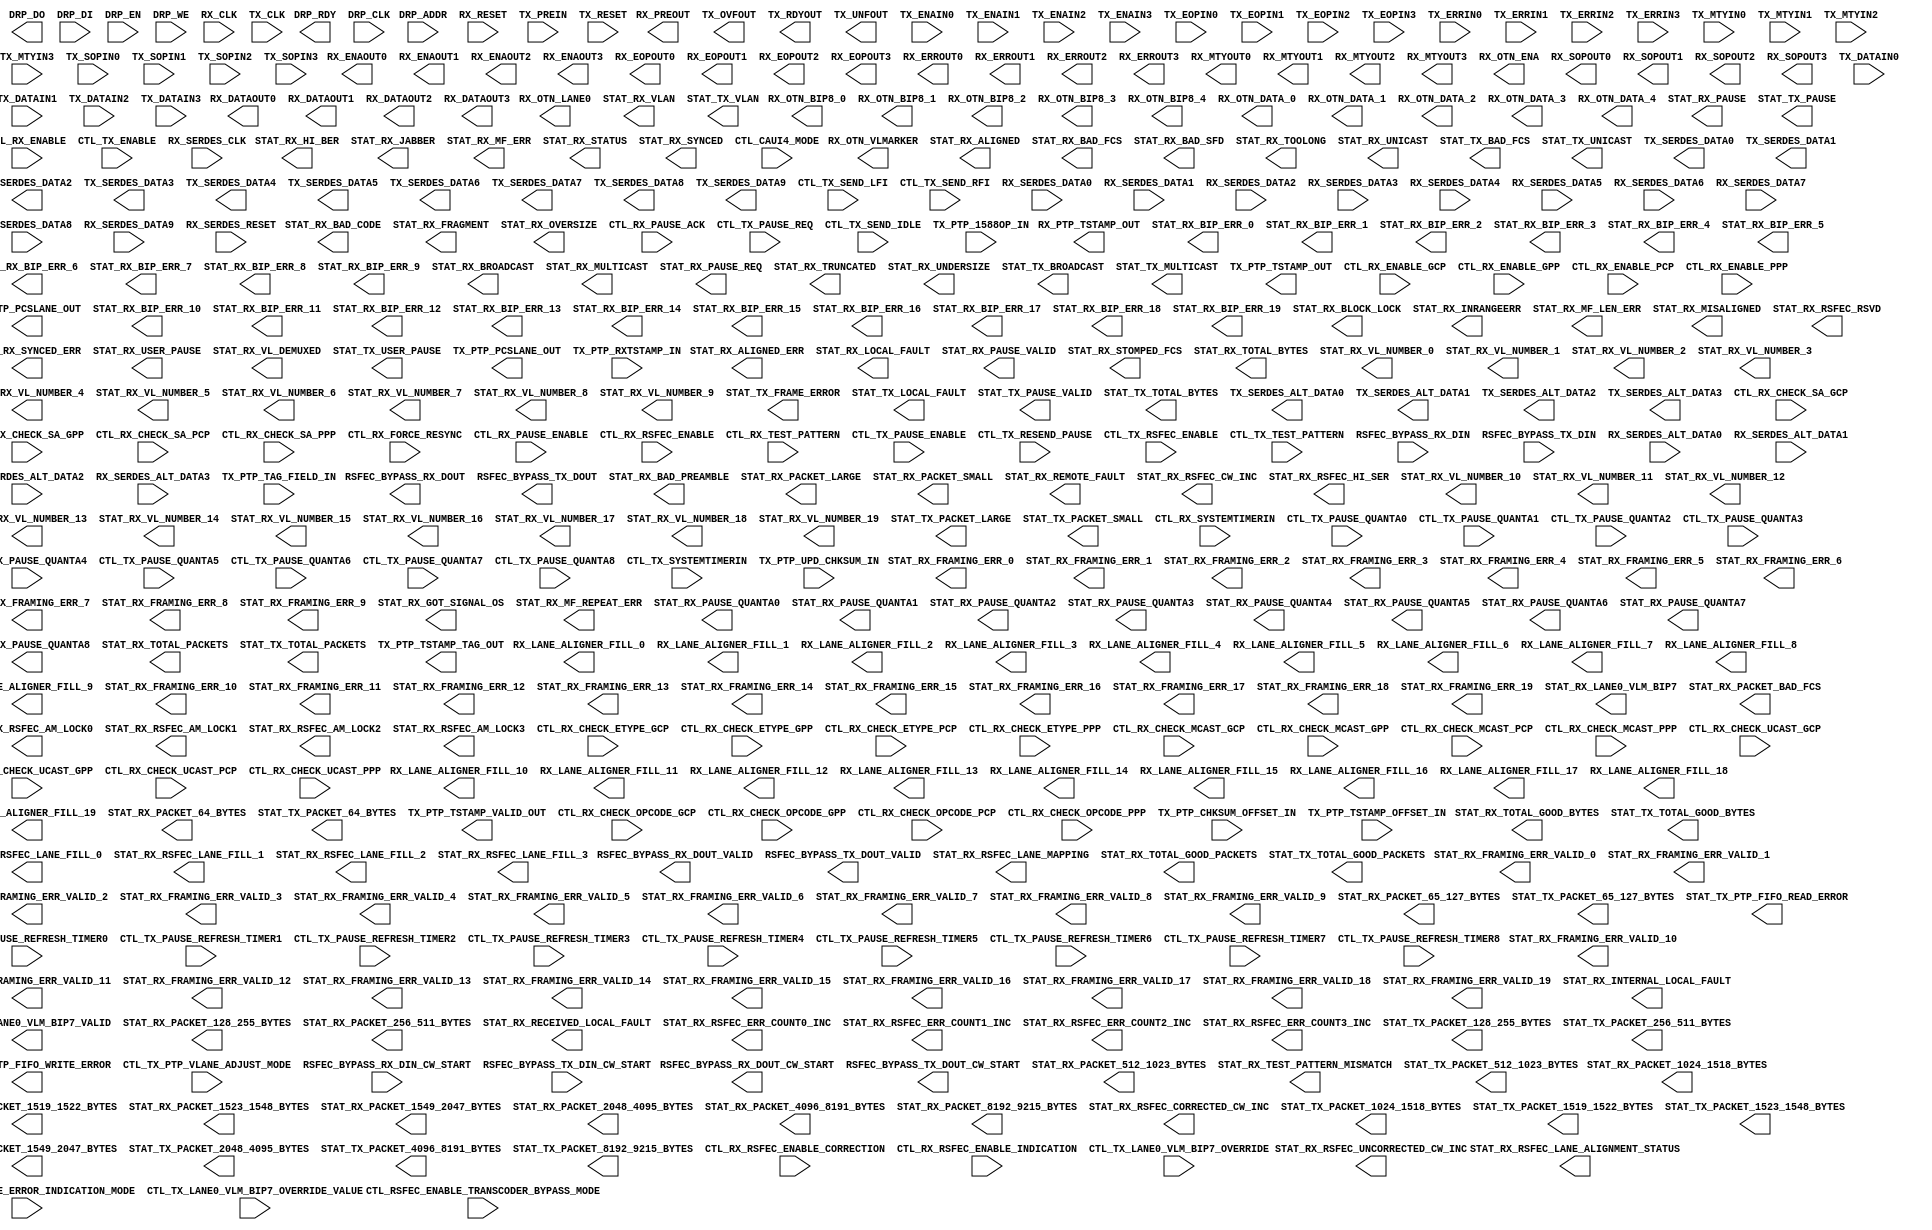
///////////////////////////////////////////////////////////////////////////////
//  Copyright (c) 1995/2016 Xilinx, Inc.
//  All Right Reserved.
///////////////////////////////////////////////////////////////////////////////
//   ____  ____
//  /   /\/   /
// /___/  \  /     Vendor      : Xilinx
// \   \   \/      Version     : 2016.1
//  \   \          Description : Xilinx Formal Library Component
//  /   /                        CMACE4
// /___/   /\      Filename    : CMACE4.v
// \   \  /  \
//  \___\/\___\
//
///////////////////////////////////////////////////////////////////////////////
//  Revision:
//
//  End Revision:
///////////////////////////////////////////////////////////////////////////////

`timescale 1 ps / 1 ps

`celldefine

module CMACE4 #(
`ifdef XIL_TIMING
  parameter LOC = "UNPLACED",
`endif
  parameter CTL_PTP_TRANSPCLK_MODE = "FALSE",
  parameter CTL_RX_CHECK_ACK = "TRUE",
  parameter CTL_RX_CHECK_PREAMBLE = "FALSE",
  parameter CTL_RX_CHECK_SFD = "FALSE",
  parameter CTL_RX_DELETE_FCS = "TRUE",
  parameter [15:0] CTL_RX_ETYPE_GCP = 16'h8808,
  parameter [15:0] CTL_RX_ETYPE_GPP = 16'h8808,
  parameter [15:0] CTL_RX_ETYPE_PCP = 16'h8808,
  parameter [15:0] CTL_RX_ETYPE_PPP = 16'h8808,
  parameter CTL_RX_FORWARD_CONTROL = "FALSE",
  parameter CTL_RX_IGNORE_FCS = "FALSE",
  parameter [14:0] CTL_RX_MAX_PACKET_LEN = 15'h2580,
  parameter [7:0] CTL_RX_MIN_PACKET_LEN = 8'h40,
  parameter [15:0] CTL_RX_OPCODE_GPP = 16'h0001,
  parameter [15:0] CTL_RX_OPCODE_MAX_GCP = 16'hFFFF,
  parameter [15:0] CTL_RX_OPCODE_MAX_PCP = 16'hFFFF,
  parameter [15:0] CTL_RX_OPCODE_MIN_GCP = 16'h0000,
  parameter [15:0] CTL_RX_OPCODE_MIN_PCP = 16'h0000,
  parameter [15:0] CTL_RX_OPCODE_PPP = 16'h0001,
  parameter [47:0] CTL_RX_PAUSE_DA_MCAST = 48'h0180C2000001,
  parameter [47:0] CTL_RX_PAUSE_DA_UCAST = 48'h000000000000,
  parameter [47:0] CTL_RX_PAUSE_SA = 48'h000000000000,
  parameter CTL_RX_PROCESS_LFI = "FALSE",
  parameter [8:0] CTL_RX_RSFEC_AM_THRESHOLD = 9'h046,
  parameter [1:0] CTL_RX_RSFEC_FILL_ADJUST = 2'h0,
  parameter [15:0] CTL_RX_VL_LENGTH_MINUS1 = 16'h3FFF,
  parameter [63:0] CTL_RX_VL_MARKER_ID0 = 64'hC16821003E97DE00,
  parameter [63:0] CTL_RX_VL_MARKER_ID1 = 64'h9D718E00628E7100,
  parameter [63:0] CTL_RX_VL_MARKER_ID10 = 64'hFD6C990002936600,
  parameter [63:0] CTL_RX_VL_MARKER_ID11 = 64'hB9915500466EAA00,
  parameter [63:0] CTL_RX_VL_MARKER_ID12 = 64'h5CB9B200A3464D00,
  parameter [63:0] CTL_RX_VL_MARKER_ID13 = 64'h1AF8BD00E5074200,
  parameter [63:0] CTL_RX_VL_MARKER_ID14 = 64'h83C7CA007C383500,
  parameter [63:0] CTL_RX_VL_MARKER_ID15 = 64'h3536CD00CAC93200,
  parameter [63:0] CTL_RX_VL_MARKER_ID16 = 64'hC4314C003BCEB300,
  parameter [63:0] CTL_RX_VL_MARKER_ID17 = 64'hADD6B70052294800,
  parameter [63:0] CTL_RX_VL_MARKER_ID18 = 64'h5F662A00A099D500,
  parameter [63:0] CTL_RX_VL_MARKER_ID19 = 64'hC0F0E5003F0F1A00,
  parameter [63:0] CTL_RX_VL_MARKER_ID2 = 64'h594BE800A6B41700,
  parameter [63:0] CTL_RX_VL_MARKER_ID3 = 64'h4D957B00B26A8400,
  parameter [63:0] CTL_RX_VL_MARKER_ID4 = 64'hF50709000AF8F600,
  parameter [63:0] CTL_RX_VL_MARKER_ID5 = 64'hDD14C20022EB3D00,
  parameter [63:0] CTL_RX_VL_MARKER_ID6 = 64'h9A4A260065B5D900,
  parameter [63:0] CTL_RX_VL_MARKER_ID7 = 64'h7B45660084BA9900,
  parameter [63:0] CTL_RX_VL_MARKER_ID8 = 64'hA02476005FDB8900,
  parameter [63:0] CTL_RX_VL_MARKER_ID9 = 64'h68C9FB0097360400,
  parameter CTL_TEST_MODE_PIN_CHAR = "FALSE",
  parameter CTL_TX_CUSTOM_PREAMBLE_ENABLE = "FALSE",
  parameter [47:0] CTL_TX_DA_GPP = 48'h0180C2000001,
  parameter [47:0] CTL_TX_DA_PPP = 48'h0180C2000001,
  parameter [15:0] CTL_TX_ETHERTYPE_GPP = 16'h8808,
  parameter [15:0] CTL_TX_ETHERTYPE_PPP = 16'h8808,
  parameter CTL_TX_FCS_INS_ENABLE = "TRUE",
  parameter CTL_TX_IGNORE_FCS = "FALSE",
  parameter [3:0] CTL_TX_IPG_VALUE = 4'hC,
  parameter [15:0] CTL_TX_OPCODE_GPP = 16'h0001,
  parameter [15:0] CTL_TX_OPCODE_PPP = 16'h0001,
  parameter CTL_TX_PTP_1STEP_ENABLE = "FALSE",
  parameter [10:0] CTL_TX_PTP_LATENCY_ADJUST = 11'h2C1,
  parameter [47:0] CTL_TX_SA_GPP = 48'h000000000000,
  parameter [47:0] CTL_TX_SA_PPP = 48'h000000000000,
  parameter [15:0] CTL_TX_VL_LENGTH_MINUS1 = 16'h3FFF,
  parameter [63:0] CTL_TX_VL_MARKER_ID0 = 64'hC16821003E97DE00,
  parameter [63:0] CTL_TX_VL_MARKER_ID1 = 64'h9D718E00628E7100,
  parameter [63:0] CTL_TX_VL_MARKER_ID10 = 64'hFD6C990002936600,
  parameter [63:0] CTL_TX_VL_MARKER_ID11 = 64'hB9915500466EAA00,
  parameter [63:0] CTL_TX_VL_MARKER_ID12 = 64'h5CB9B200A3464D00,
  parameter [63:0] CTL_TX_VL_MARKER_ID13 = 64'h1AF8BD00E5074200,
  parameter [63:0] CTL_TX_VL_MARKER_ID14 = 64'h83C7CA007C383500,
  parameter [63:0] CTL_TX_VL_MARKER_ID15 = 64'h3536CD00CAC93200,
  parameter [63:0] CTL_TX_VL_MARKER_ID16 = 64'hC4314C003BCEB300,
  parameter [63:0] CTL_TX_VL_MARKER_ID17 = 64'hADD6B70052294800,
  parameter [63:0] CTL_TX_VL_MARKER_ID18 = 64'h5F662A00A099D500,
  parameter [63:0] CTL_TX_VL_MARKER_ID19 = 64'hC0F0E5003F0F1A00,
  parameter [63:0] CTL_TX_VL_MARKER_ID2 = 64'h594BE800A6B41700,
  parameter [63:0] CTL_TX_VL_MARKER_ID3 = 64'h4D957B00B26A8400,
  parameter [63:0] CTL_TX_VL_MARKER_ID4 = 64'hF50709000AF8F600,
  parameter [63:0] CTL_TX_VL_MARKER_ID5 = 64'hDD14C20022EB3D00,
  parameter [63:0] CTL_TX_VL_MARKER_ID6 = 64'h9A4A260065B5D900,
  parameter [63:0] CTL_TX_VL_MARKER_ID7 = 64'h7B45660084BA9900,
  parameter [63:0] CTL_TX_VL_MARKER_ID8 = 64'hA02476005FDB8900,
  parameter [63:0] CTL_TX_VL_MARKER_ID9 = 64'h68C9FB0097360400,
  parameter SIM_DEVICE = "ULTRASCALE_PLUS",
  parameter TEST_MODE_PIN_CHAR = "FALSE"
)(
  output [15:0] DRP_DO,
  output DRP_RDY,
  output [329:0] RSFEC_BYPASS_RX_DOUT,
  output RSFEC_BYPASS_RX_DOUT_CW_START,
  output RSFEC_BYPASS_RX_DOUT_VALID,
  output [329:0] RSFEC_BYPASS_TX_DOUT,
  output RSFEC_BYPASS_TX_DOUT_CW_START,
  output RSFEC_BYPASS_TX_DOUT_VALID,
  output [127:0] RX_DATAOUT0,
  output [127:0] RX_DATAOUT1,
  output [127:0] RX_DATAOUT2,
  output [127:0] RX_DATAOUT3,
  output RX_ENAOUT0,
  output RX_ENAOUT1,
  output RX_ENAOUT2,
  output RX_ENAOUT3,
  output RX_EOPOUT0,
  output RX_EOPOUT1,
  output RX_EOPOUT2,
  output RX_EOPOUT3,
  output RX_ERROUT0,
  output RX_ERROUT1,
  output RX_ERROUT2,
  output RX_ERROUT3,
  output [6:0] RX_LANE_ALIGNER_FILL_0,
  output [6:0] RX_LANE_ALIGNER_FILL_1,
  output [6:0] RX_LANE_ALIGNER_FILL_10,
  output [6:0] RX_LANE_ALIGNER_FILL_11,
  output [6:0] RX_LANE_ALIGNER_FILL_12,
  output [6:0] RX_LANE_ALIGNER_FILL_13,
  output [6:0] RX_LANE_ALIGNER_FILL_14,
  output [6:0] RX_LANE_ALIGNER_FILL_15,
  output [6:0] RX_LANE_ALIGNER_FILL_16,
  output [6:0] RX_LANE_ALIGNER_FILL_17,
  output [6:0] RX_LANE_ALIGNER_FILL_18,
  output [6:0] RX_LANE_ALIGNER_FILL_19,
  output [6:0] RX_LANE_ALIGNER_FILL_2,
  output [6:0] RX_LANE_ALIGNER_FILL_3,
  output [6:0] RX_LANE_ALIGNER_FILL_4,
  output [6:0] RX_LANE_ALIGNER_FILL_5,
  output [6:0] RX_LANE_ALIGNER_FILL_6,
  output [6:0] RX_LANE_ALIGNER_FILL_7,
  output [6:0] RX_LANE_ALIGNER_FILL_8,
  output [6:0] RX_LANE_ALIGNER_FILL_9,
  output [3:0] RX_MTYOUT0,
  output [3:0] RX_MTYOUT1,
  output [3:0] RX_MTYOUT2,
  output [3:0] RX_MTYOUT3,
  output [7:0] RX_OTN_BIP8_0,
  output [7:0] RX_OTN_BIP8_1,
  output [7:0] RX_OTN_BIP8_2,
  output [7:0] RX_OTN_BIP8_3,
  output [7:0] RX_OTN_BIP8_4,
  output [65:0] RX_OTN_DATA_0,
  output [65:0] RX_OTN_DATA_1,
  output [65:0] RX_OTN_DATA_2,
  output [65:0] RX_OTN_DATA_3,
  output [65:0] RX_OTN_DATA_4,
  output RX_OTN_ENA,
  output RX_OTN_LANE0,
  output RX_OTN_VLMARKER,
  output [55:0] RX_PREOUT,
  output [4:0] RX_PTP_PCSLANE_OUT,
  output [79:0] RX_PTP_TSTAMP_OUT,
  output RX_SOPOUT0,
  output RX_SOPOUT1,
  output RX_SOPOUT2,
  output RX_SOPOUT3,
  output STAT_RX_ALIGNED,
  output STAT_RX_ALIGNED_ERR,
  output [2:0] STAT_RX_BAD_CODE,
  output [2:0] STAT_RX_BAD_FCS,
  output STAT_RX_BAD_PREAMBLE,
  output STAT_RX_BAD_SFD,
  output STAT_RX_BIP_ERR_0,
  output STAT_RX_BIP_ERR_1,
  output STAT_RX_BIP_ERR_10,
  output STAT_RX_BIP_ERR_11,
  output STAT_RX_BIP_ERR_12,
  output STAT_RX_BIP_ERR_13,
  output STAT_RX_BIP_ERR_14,
  output STAT_RX_BIP_ERR_15,
  output STAT_RX_BIP_ERR_16,
  output STAT_RX_BIP_ERR_17,
  output STAT_RX_BIP_ERR_18,
  output STAT_RX_BIP_ERR_19,
  output STAT_RX_BIP_ERR_2,
  output STAT_RX_BIP_ERR_3,
  output STAT_RX_BIP_ERR_4,
  output STAT_RX_BIP_ERR_5,
  output STAT_RX_BIP_ERR_6,
  output STAT_RX_BIP_ERR_7,
  output STAT_RX_BIP_ERR_8,
  output STAT_RX_BIP_ERR_9,
  output [19:0] STAT_RX_BLOCK_LOCK,
  output STAT_RX_BROADCAST,
  output [2:0] STAT_RX_FRAGMENT,
  output [1:0] STAT_RX_FRAMING_ERR_0,
  output [1:0] STAT_RX_FRAMING_ERR_1,
  output [1:0] STAT_RX_FRAMING_ERR_10,
  output [1:0] STAT_RX_FRAMING_ERR_11,
  output [1:0] STAT_RX_FRAMING_ERR_12,
  output [1:0] STAT_RX_FRAMING_ERR_13,
  output [1:0] STAT_RX_FRAMING_ERR_14,
  output [1:0] STAT_RX_FRAMING_ERR_15,
  output [1:0] STAT_RX_FRAMING_ERR_16,
  output [1:0] STAT_RX_FRAMING_ERR_17,
  output [1:0] STAT_RX_FRAMING_ERR_18,
  output [1:0] STAT_RX_FRAMING_ERR_19,
  output [1:0] STAT_RX_FRAMING_ERR_2,
  output [1:0] STAT_RX_FRAMING_ERR_3,
  output [1:0] STAT_RX_FRAMING_ERR_4,
  output [1:0] STAT_RX_FRAMING_ERR_5,
  output [1:0] STAT_RX_FRAMING_ERR_6,
  output [1:0] STAT_RX_FRAMING_ERR_7,
  output [1:0] STAT_RX_FRAMING_ERR_8,
  output [1:0] STAT_RX_FRAMING_ERR_9,
  output STAT_RX_FRAMING_ERR_VALID_0,
  output STAT_RX_FRAMING_ERR_VALID_1,
  output STAT_RX_FRAMING_ERR_VALID_10,
  output STAT_RX_FRAMING_ERR_VALID_11,
  output STAT_RX_FRAMING_ERR_VALID_12,
  output STAT_RX_FRAMING_ERR_VALID_13,
  output STAT_RX_FRAMING_ERR_VALID_14,
  output STAT_RX_FRAMING_ERR_VALID_15,
  output STAT_RX_FRAMING_ERR_VALID_16,
  output STAT_RX_FRAMING_ERR_VALID_17,
  output STAT_RX_FRAMING_ERR_VALID_18,
  output STAT_RX_FRAMING_ERR_VALID_19,
  output STAT_RX_FRAMING_ERR_VALID_2,
  output STAT_RX_FRAMING_ERR_VALID_3,
  output STAT_RX_FRAMING_ERR_VALID_4,
  output STAT_RX_FRAMING_ERR_VALID_5,
  output STAT_RX_FRAMING_ERR_VALID_6,
  output STAT_RX_FRAMING_ERR_VALID_7,
  output STAT_RX_FRAMING_ERR_VALID_8,
  output STAT_RX_FRAMING_ERR_VALID_9,
  output STAT_RX_GOT_SIGNAL_OS,
  output STAT_RX_HI_BER,
  output STAT_RX_INRANGEERR,
  output STAT_RX_INTERNAL_LOCAL_FAULT,
  output STAT_RX_JABBER,
  output [7:0] STAT_RX_LANE0_VLM_BIP7,
  output STAT_RX_LANE0_VLM_BIP7_VALID,
  output STAT_RX_LOCAL_FAULT,
  output [19:0] STAT_RX_MF_ERR,
  output [19:0] STAT_RX_MF_LEN_ERR,
  output [19:0] STAT_RX_MF_REPEAT_ERR,
  output STAT_RX_MISALIGNED,
  output STAT_RX_MULTICAST,
  output STAT_RX_OVERSIZE,
  output STAT_RX_PACKET_1024_1518_BYTES,
  output STAT_RX_PACKET_128_255_BYTES,
  output STAT_RX_PACKET_1519_1522_BYTES,
  output STAT_RX_PACKET_1523_1548_BYTES,
  output STAT_RX_PACKET_1549_2047_BYTES,
  output STAT_RX_PACKET_2048_4095_BYTES,
  output STAT_RX_PACKET_256_511_BYTES,
  output STAT_RX_PACKET_4096_8191_BYTES,
  output STAT_RX_PACKET_512_1023_BYTES,
  output STAT_RX_PACKET_64_BYTES,
  output STAT_RX_PACKET_65_127_BYTES,
  output STAT_RX_PACKET_8192_9215_BYTES,
  output STAT_RX_PACKET_BAD_FCS,
  output STAT_RX_PACKET_LARGE,
  output [2:0] STAT_RX_PACKET_SMALL,
  output STAT_RX_PAUSE,
  output [15:0] STAT_RX_PAUSE_QUANTA0,
  output [15:0] STAT_RX_PAUSE_QUANTA1,
  output [15:0] STAT_RX_PAUSE_QUANTA2,
  output [15:0] STAT_RX_PAUSE_QUANTA3,
  output [15:0] STAT_RX_PAUSE_QUANTA4,
  output [15:0] STAT_RX_PAUSE_QUANTA5,
  output [15:0] STAT_RX_PAUSE_QUANTA6,
  output [15:0] STAT_RX_PAUSE_QUANTA7,
  output [15:0] STAT_RX_PAUSE_QUANTA8,
  output [8:0] STAT_RX_PAUSE_REQ,
  output [8:0] STAT_RX_PAUSE_VALID,
  output STAT_RX_RECEIVED_LOCAL_FAULT,
  output STAT_RX_REMOTE_FAULT,
  output STAT_RX_RSFEC_AM_LOCK0,
  output STAT_RX_RSFEC_AM_LOCK1,
  output STAT_RX_RSFEC_AM_LOCK2,
  output STAT_RX_RSFEC_AM_LOCK3,
  output STAT_RX_RSFEC_CORRECTED_CW_INC,
  output STAT_RX_RSFEC_CW_INC,
  output [2:0] STAT_RX_RSFEC_ERR_COUNT0_INC,
  output [2:0] STAT_RX_RSFEC_ERR_COUNT1_INC,
  output [2:0] STAT_RX_RSFEC_ERR_COUNT2_INC,
  output [2:0] STAT_RX_RSFEC_ERR_COUNT3_INC,
  output STAT_RX_RSFEC_HI_SER,
  output STAT_RX_RSFEC_LANE_ALIGNMENT_STATUS,
  output [13:0] STAT_RX_RSFEC_LANE_FILL_0,
  output [13:0] STAT_RX_RSFEC_LANE_FILL_1,
  output [13:0] STAT_RX_RSFEC_LANE_FILL_2,
  output [13:0] STAT_RX_RSFEC_LANE_FILL_3,
  output [7:0] STAT_RX_RSFEC_LANE_MAPPING,
  output [31:0] STAT_RX_RSFEC_RSVD,
  output STAT_RX_RSFEC_UNCORRECTED_CW_INC,
  output STAT_RX_STATUS,
  output [2:0] STAT_RX_STOMPED_FCS,
  output [19:0] STAT_RX_SYNCED,
  output [19:0] STAT_RX_SYNCED_ERR,
  output [2:0] STAT_RX_TEST_PATTERN_MISMATCH,
  output STAT_RX_TOOLONG,
  output [6:0] STAT_RX_TOTAL_BYTES,
  output [13:0] STAT_RX_TOTAL_GOOD_BYTES,
  output STAT_RX_TOTAL_GOOD_PACKETS,
  output [2:0] STAT_RX_TOTAL_PACKETS,
  output STAT_RX_TRUNCATED,
  output [2:0] STAT_RX_UNDERSIZE,
  output STAT_RX_UNICAST,
  output STAT_RX_USER_PAUSE,
  output STAT_RX_VLAN,
  output [19:0] STAT_RX_VL_DEMUXED,
  output [4:0] STAT_RX_VL_NUMBER_0,
  output [4:0] STAT_RX_VL_NUMBER_1,
  output [4:0] STAT_RX_VL_NUMBER_10,
  output [4:0] STAT_RX_VL_NUMBER_11,
  output [4:0] STAT_RX_VL_NUMBER_12,
  output [4:0] STAT_RX_VL_NUMBER_13,
  output [4:0] STAT_RX_VL_NUMBER_14,
  output [4:0] STAT_RX_VL_NUMBER_15,
  output [4:0] STAT_RX_VL_NUMBER_16,
  output [4:0] STAT_RX_VL_NUMBER_17,
  output [4:0] STAT_RX_VL_NUMBER_18,
  output [4:0] STAT_RX_VL_NUMBER_19,
  output [4:0] STAT_RX_VL_NUMBER_2,
  output [4:0] STAT_RX_VL_NUMBER_3,
  output [4:0] STAT_RX_VL_NUMBER_4,
  output [4:0] STAT_RX_VL_NUMBER_5,
  output [4:0] STAT_RX_VL_NUMBER_6,
  output [4:0] STAT_RX_VL_NUMBER_7,
  output [4:0] STAT_RX_VL_NUMBER_8,
  output [4:0] STAT_RX_VL_NUMBER_9,
  output STAT_TX_BAD_FCS,
  output STAT_TX_BROADCAST,
  output STAT_TX_FRAME_ERROR,
  output STAT_TX_LOCAL_FAULT,
  output STAT_TX_MULTICAST,
  output STAT_TX_PACKET_1024_1518_BYTES,
  output STAT_TX_PACKET_128_255_BYTES,
  output STAT_TX_PACKET_1519_1522_BYTES,
  output STAT_TX_PACKET_1523_1548_BYTES,
  output STAT_TX_PACKET_1549_2047_BYTES,
  output STAT_TX_PACKET_2048_4095_BYTES,
  output STAT_TX_PACKET_256_511_BYTES,
  output STAT_TX_PACKET_4096_8191_BYTES,
  output STAT_TX_PACKET_512_1023_BYTES,
  output STAT_TX_PACKET_64_BYTES,
  output STAT_TX_PACKET_65_127_BYTES,
  output STAT_TX_PACKET_8192_9215_BYTES,
  output STAT_TX_PACKET_LARGE,
  output STAT_TX_PACKET_SMALL,
  output STAT_TX_PAUSE,
  output [8:0] STAT_TX_PAUSE_VALID,
  output STAT_TX_PTP_FIFO_READ_ERROR,
  output STAT_TX_PTP_FIFO_WRITE_ERROR,
  output [5:0] STAT_TX_TOTAL_BYTES,
  output [13:0] STAT_TX_TOTAL_GOOD_BYTES,
  output STAT_TX_TOTAL_GOOD_PACKETS,
  output STAT_TX_TOTAL_PACKETS,
  output STAT_TX_UNICAST,
  output STAT_TX_USER_PAUSE,
  output STAT_TX_VLAN,
  output TX_OVFOUT,
  output [4:0] TX_PTP_PCSLANE_OUT,
  output [79:0] TX_PTP_TSTAMP_OUT,
  output [15:0] TX_PTP_TSTAMP_TAG_OUT,
  output TX_PTP_TSTAMP_VALID_OUT,
  output TX_RDYOUT,
  output [15:0] TX_SERDES_ALT_DATA0,
  output [15:0] TX_SERDES_ALT_DATA1,
  output [15:0] TX_SERDES_ALT_DATA2,
  output [15:0] TX_SERDES_ALT_DATA3,
  output [63:0] TX_SERDES_DATA0,
  output [63:0] TX_SERDES_DATA1,
  output [63:0] TX_SERDES_DATA2,
  output [63:0] TX_SERDES_DATA3,
  output [31:0] TX_SERDES_DATA4,
  output [31:0] TX_SERDES_DATA5,
  output [31:0] TX_SERDES_DATA6,
  output [31:0] TX_SERDES_DATA7,
  output [31:0] TX_SERDES_DATA8,
  output [31:0] TX_SERDES_DATA9,
  output TX_UNFOUT,

  input CTL_CAUI4_MODE,
  input CTL_RSFEC_ENABLE_TRANSCODER_BYPASS_MODE,
  input CTL_RSFEC_IEEE_ERROR_INDICATION_MODE,
  input CTL_RX_CHECK_ETYPE_GCP,
  input CTL_RX_CHECK_ETYPE_GPP,
  input CTL_RX_CHECK_ETYPE_PCP,
  input CTL_RX_CHECK_ETYPE_PPP,
  input CTL_RX_CHECK_MCAST_GCP,
  input CTL_RX_CHECK_MCAST_GPP,
  input CTL_RX_CHECK_MCAST_PCP,
  input CTL_RX_CHECK_MCAST_PPP,
  input CTL_RX_CHECK_OPCODE_GCP,
  input CTL_RX_CHECK_OPCODE_GPP,
  input CTL_RX_CHECK_OPCODE_PCP,
  input CTL_RX_CHECK_OPCODE_PPP,
  input CTL_RX_CHECK_SA_GCP,
  input CTL_RX_CHECK_SA_GPP,
  input CTL_RX_CHECK_SA_PCP,
  input CTL_RX_CHECK_SA_PPP,
  input CTL_RX_CHECK_UCAST_GCP,
  input CTL_RX_CHECK_UCAST_GPP,
  input CTL_RX_CHECK_UCAST_PCP,
  input CTL_RX_CHECK_UCAST_PPP,
  input CTL_RX_ENABLE,
  input CTL_RX_ENABLE_GCP,
  input CTL_RX_ENABLE_GPP,
  input CTL_RX_ENABLE_PCP,
  input CTL_RX_ENABLE_PPP,
  input CTL_RX_FORCE_RESYNC,
  input [8:0] CTL_RX_PAUSE_ACK,
  input [8:0] CTL_RX_PAUSE_ENABLE,
  input CTL_RX_RSFEC_ENABLE,
  input CTL_RX_RSFEC_ENABLE_CORRECTION,
  input CTL_RX_RSFEC_ENABLE_INDICATION,
  input [79:0] CTL_RX_SYSTEMTIMERIN,
  input CTL_RX_TEST_PATTERN,
  input CTL_TX_ENABLE,
  input CTL_TX_LANE0_VLM_BIP7_OVERRIDE,
  input [7:0] CTL_TX_LANE0_VLM_BIP7_OVERRIDE_VALUE,
  input [8:0] CTL_TX_PAUSE_ENABLE,
  input [15:0] CTL_TX_PAUSE_QUANTA0,
  input [15:0] CTL_TX_PAUSE_QUANTA1,
  input [15:0] CTL_TX_PAUSE_QUANTA2,
  input [15:0] CTL_TX_PAUSE_QUANTA3,
  input [15:0] CTL_TX_PAUSE_QUANTA4,
  input [15:0] CTL_TX_PAUSE_QUANTA5,
  input [15:0] CTL_TX_PAUSE_QUANTA6,
  input [15:0] CTL_TX_PAUSE_QUANTA7,
  input [15:0] CTL_TX_PAUSE_QUANTA8,
  input [15:0] CTL_TX_PAUSE_REFRESH_TIMER0,
  input [15:0] CTL_TX_PAUSE_REFRESH_TIMER1,
  input [15:0] CTL_TX_PAUSE_REFRESH_TIMER2,
  input [15:0] CTL_TX_PAUSE_REFRESH_TIMER3,
  input [15:0] CTL_TX_PAUSE_REFRESH_TIMER4,
  input [15:0] CTL_TX_PAUSE_REFRESH_TIMER5,
  input [15:0] CTL_TX_PAUSE_REFRESH_TIMER6,
  input [15:0] CTL_TX_PAUSE_REFRESH_TIMER7,
  input [15:0] CTL_TX_PAUSE_REFRESH_TIMER8,
  input [8:0] CTL_TX_PAUSE_REQ,
  input CTL_TX_PTP_VLANE_ADJUST_MODE,
  input CTL_TX_RESEND_PAUSE,
  input CTL_TX_RSFEC_ENABLE,
  input CTL_TX_SEND_IDLE,
  input CTL_TX_SEND_LFI,
  input CTL_TX_SEND_RFI,
  input [79:0] CTL_TX_SYSTEMTIMERIN,
  input CTL_TX_TEST_PATTERN,
  input [9:0] DRP_ADDR,
  input DRP_CLK,
  input [15:0] DRP_DI,
  input DRP_EN,
  input DRP_WE,
  input [329:0] RSFEC_BYPASS_RX_DIN,
  input RSFEC_BYPASS_RX_DIN_CW_START,
  input [329:0] RSFEC_BYPASS_TX_DIN,
  input RSFEC_BYPASS_TX_DIN_CW_START,
  input RX_CLK,
  input RX_RESET,
  input [15:0] RX_SERDES_ALT_DATA0,
  input [15:0] RX_SERDES_ALT_DATA1,
  input [15:0] RX_SERDES_ALT_DATA2,
  input [15:0] RX_SERDES_ALT_DATA3,
  input [9:0] RX_SERDES_CLK,
  input [63:0] RX_SERDES_DATA0,
  input [63:0] RX_SERDES_DATA1,
  input [63:0] RX_SERDES_DATA2,
  input [63:0] RX_SERDES_DATA3,
  input [31:0] RX_SERDES_DATA4,
  input [31:0] RX_SERDES_DATA5,
  input [31:0] RX_SERDES_DATA6,
  input [31:0] RX_SERDES_DATA7,
  input [31:0] RX_SERDES_DATA8,
  input [31:0] RX_SERDES_DATA9,
  input [9:0] RX_SERDES_RESET,
  input TX_CLK,
  input [127:0] TX_DATAIN0,
  input [127:0] TX_DATAIN1,
  input [127:0] TX_DATAIN2,
  input [127:0] TX_DATAIN3,
  input TX_ENAIN0,
  input TX_ENAIN1,
  input TX_ENAIN2,
  input TX_ENAIN3,
  input TX_EOPIN0,
  input TX_EOPIN1,
  input TX_EOPIN2,
  input TX_EOPIN3,
  input TX_ERRIN0,
  input TX_ERRIN1,
  input TX_ERRIN2,
  input TX_ERRIN3,
  input [3:0] TX_MTYIN0,
  input [3:0] TX_MTYIN1,
  input [3:0] TX_MTYIN2,
  input [3:0] TX_MTYIN3,
  input [55:0] TX_PREIN,
  input [1:0] TX_PTP_1588OP_IN,
  input [15:0] TX_PTP_CHKSUM_OFFSET_IN,
  input [63:0] TX_PTP_RXTSTAMP_IN,
  input [15:0] TX_PTP_TAG_FIELD_IN,
  input [15:0] TX_PTP_TSTAMP_OFFSET_IN,
  input TX_PTP_UPD_CHKSUM_IN,
  input TX_RESET,
  input TX_SOPIN0,
  input TX_SOPIN1,
  input TX_SOPIN2,
  input TX_SOPIN3
);

endmodule

`endcelldefine